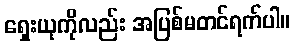
ရှေးယုကိုလည်း အပြစ်မတင်ရက်ပါ။